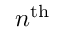
n ^ { \mathrm { t h } }